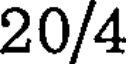
20/4